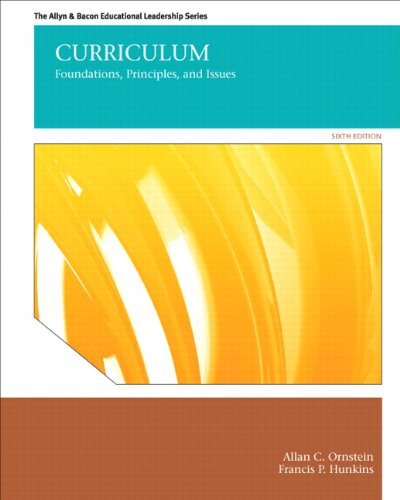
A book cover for Curriculum: Foundations, Principles, and Issues (6th Edition) (The Allyn & Bacon Educational Leadership); Allan C. Ornstein; Arts & Photography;